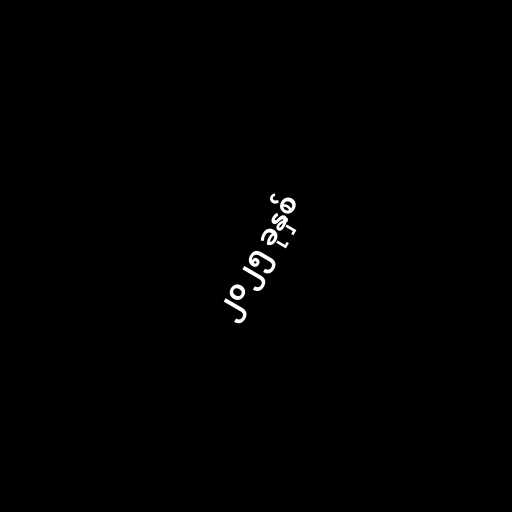
၂၀၂၅ ခုနှစ်